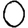
Digit: 0